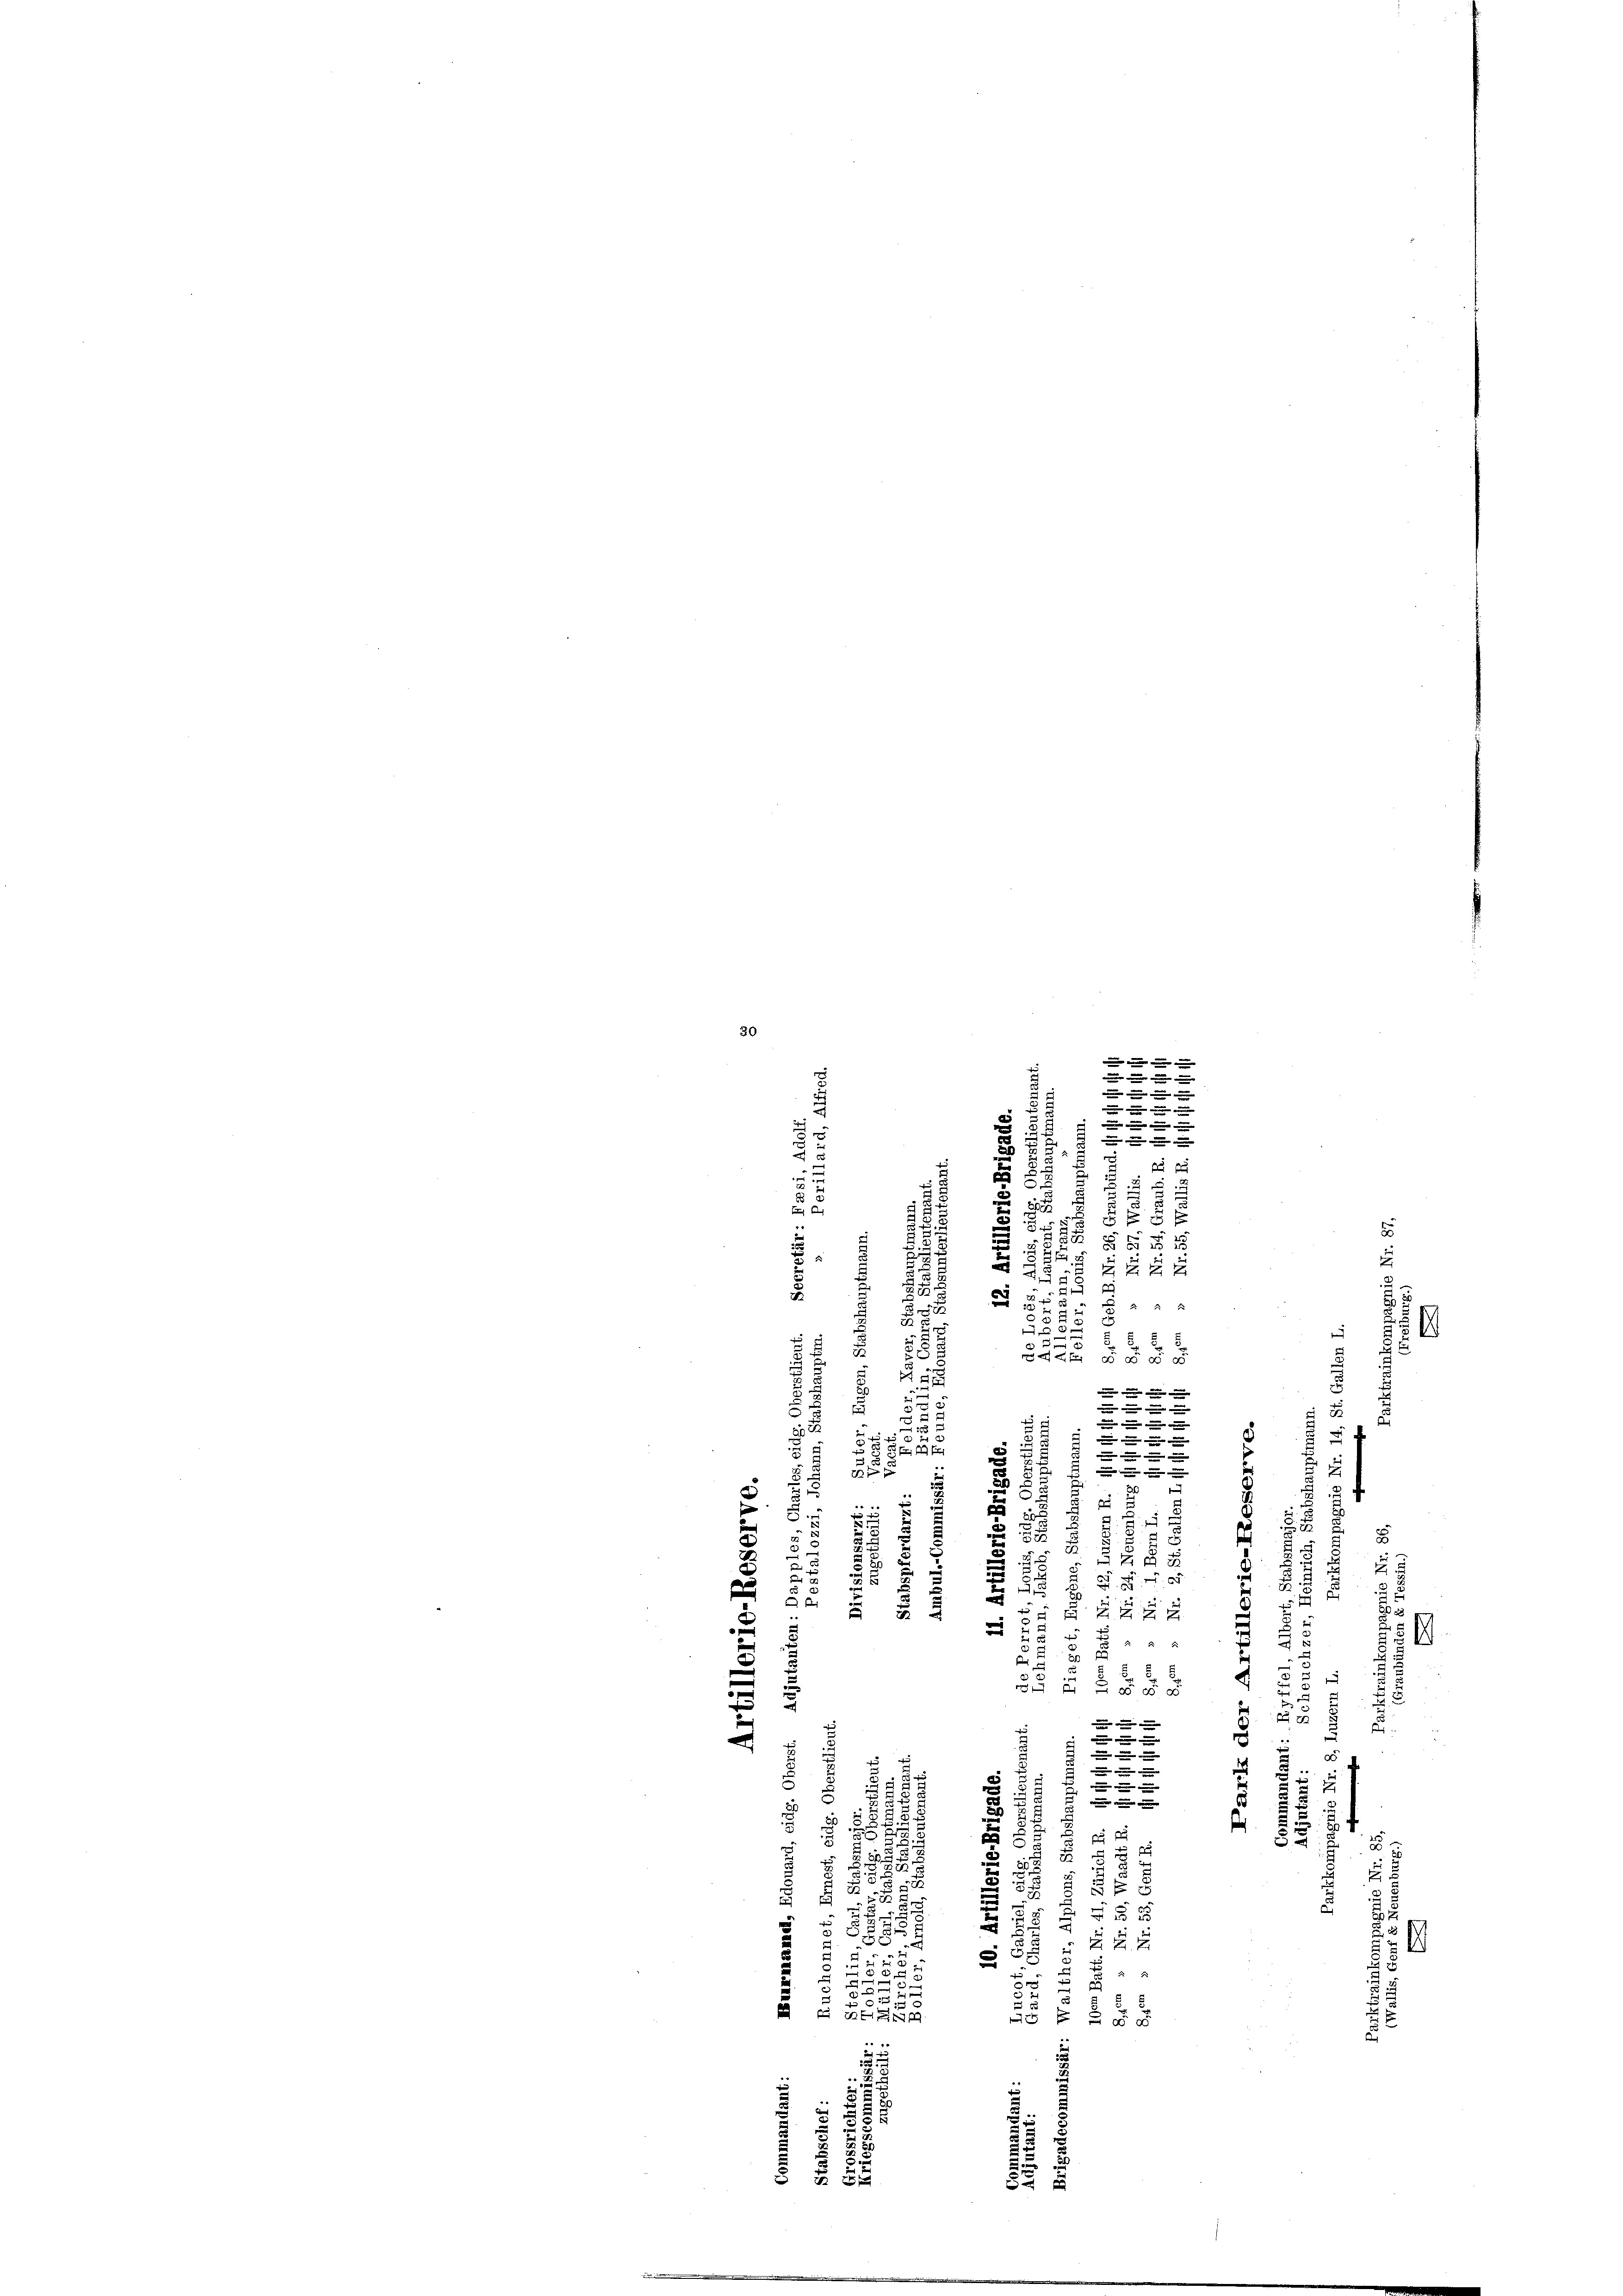
30

d
m

e

.
5

e

.
u
a
u
G §§ 5

i
552
2
25
u
 xxx
.
5
 2 2
.

55

.
u
3
u
73
25

s
2
e
u
.
.
.
8

u
85
 15
.

.

2 f

2
 12 x
s

3
8
2
5
2
.
i
.
.
8
u

.
1
7

d
.
e

a
¬
5
62
.

x
x
A
75

f
.
2
.

0

e
2

s
u
  |
¬
2
d
e

e
55

181

3

 xx
52. 7
25
29 x
u
3

u
u
2
1 f 0
a
 E
n
d
52
u
2
u
8
88
x
d
.
.
28 x
2
5
 2
e
u
u
 2
B

.
¬
5
d
55

5 § 55
2

e
e

1
e